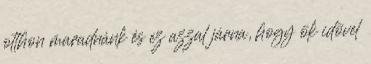
otthon maradnánk és ez azzal járna, hogy õk idõvel